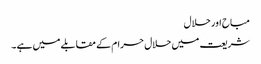
مباح اور حلال
شریعت میں حلال حرام کے مقابلے میں ہے ۔